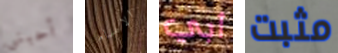
أحبني الامام أبي مثبت